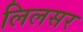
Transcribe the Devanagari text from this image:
लिलसर